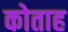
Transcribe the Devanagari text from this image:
कोताह